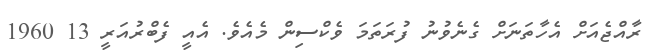
ރާއްޖެއަށް އެހާތަނަށް ގެނެވުނު ފުރަތަަމަ ވެކްސިން މެއެވެ. އެއީ ފެބްރުއަރީ 13 1960